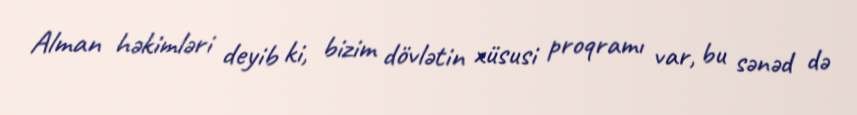
Alman həkimləri deyib ki, bizim dövlətin xüsusi proqramı var, bu sənəd də